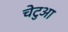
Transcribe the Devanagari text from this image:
चेटुआ